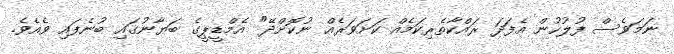
ނަމަވެސް ފުލުހުން އެފަދަ ރައްކާތެރިކަމެއް ކަށަވަރެއް ނުކޮށްދޭ" އެމްޑީޕީގެ ބަޔާނުގައި ބުނެފައި ވެއެވެ.